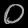
Digit: ၀